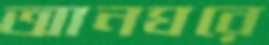
আনঘরে